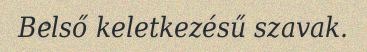
Belső keletkezésű szavak.